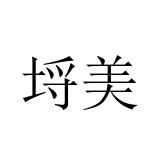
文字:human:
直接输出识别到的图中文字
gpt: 埒美